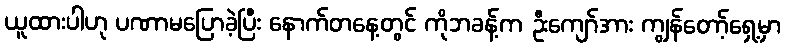
ယူထားပါဟု ပဏာမပြောခဲ့ပြီး နောက်တနေ့တွင် ကိုဘခန့်က ဦးကျော်အား ကျွန်တော့်ရှေ့မှာ